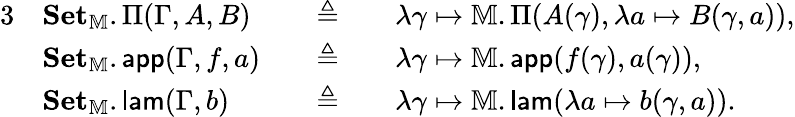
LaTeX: \begin{array}{rlrlrl}{{3}}&{\mathbf{Set}_{\mathbb{M}}.\Pi(\Gamma,A,B)}&&{\triangleq}&&{\lambda\gamma\mapsto\mathbb{M}.\Pi(A(\gamma),\lambda a\mapsto B(\gamma,a)),}\\ &{\mathbf{Set}_{\mathbb{M}}.\mathsf{app}(\Gamma,f,a)}&&{\triangleq}&&{\lambda\gamma\mapsto\mathbb{M}.\mathsf{app}(f(\gamma),a(\gamma)),}\\ &{\mathbf{Set}_{\mathbb{M}}.\mathsf{lam}(\Gamma,b)}&&{\triangleq}&&{\lambda\gamma\mapsto\mathbb{M}.\mathsf{lam}(\lambda a\mapsto b(\gamma,a)).}\end{array}